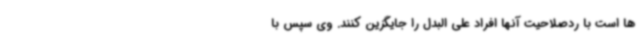
ها است با ردصلاحیت آنها افراد علی البدل را جایگزین کنند. وی سپس با